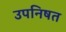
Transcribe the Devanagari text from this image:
उपनिषत